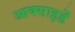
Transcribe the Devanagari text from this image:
आक्साइडें